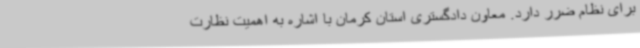
برای نظام ضرر دارد. معاون دادگستری استان کرمان با اشاره به اهمیت نظارت